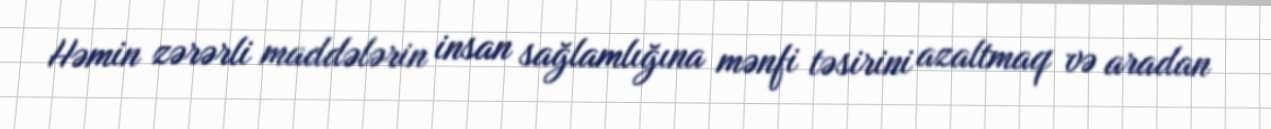
Həmin zərərli maddələrin insan sağlamlığına mənfi təsirini azaltmaq və aradan